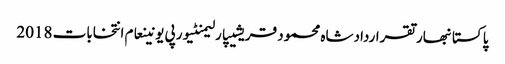
پاکستانبھارتقراردادشاہ محمود قریشیپارلیمنٹیورپی یونینعام انتخابات 2018